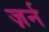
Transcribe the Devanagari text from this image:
ज़र्न